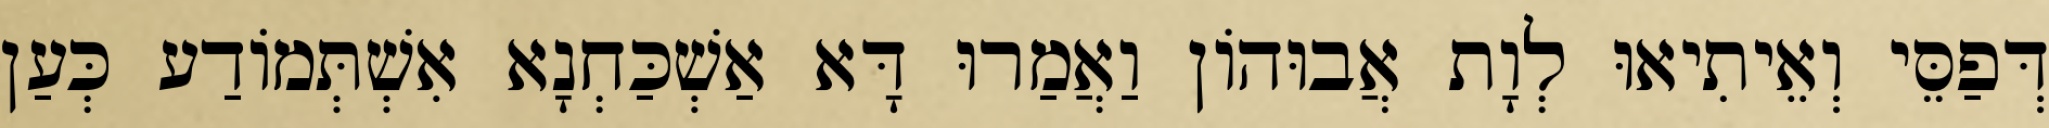
דְּפַסֵּי וְאֵיתִיאוּ לְוָת אֲבוּהוֹן וַאֲמַרוּ דָּא אַשְׁכַּחְנָא אִשְׁתְּמוֹדַע כְּעַן